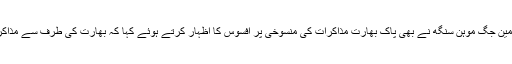
کل جماعتی سکھ رابطہ کمیٹی کے چیئرمین جگ موہن سنگھ نے بھی پاک بھارت مذاکرات کی منسوخی پر افسوس کا اظہار کرتے ہوئے کہا کہ بھارت کی طرف سے مذاکرات سے قبل شرائط رکھنا بے معنی تھا۔